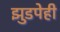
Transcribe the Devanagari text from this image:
झुडपेही